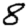
Digit: 8